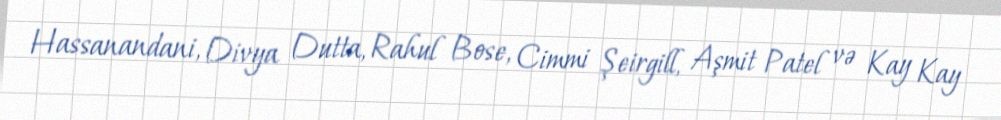
Hassanandani, Divya Dutta, Rahul Bose, Cimmi Şeirgill, Aşmit Patel və Kay Kay